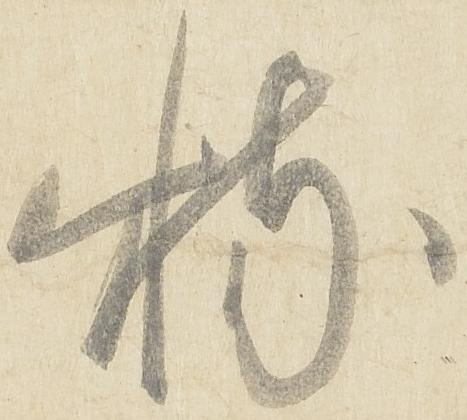
特